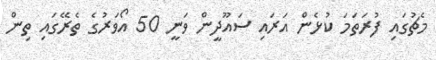
މެޗުގައި ފުރަތަމަ ކުޅެން އަރައި ސައޫދީން ވަނީ 50 އޯވަރުގެ ތެރޭގައި ތިން